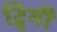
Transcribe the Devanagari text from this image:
ट्विगी